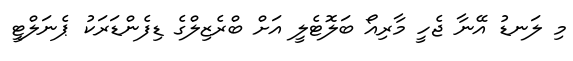
މި ލަނޑު އޭނާ ޖެހީ މާރިއޯ ބަލޮޓެލީ އަށް ބްރެޒިލްގެ ޑިފެންޑަރަކު ޕެނަލްޓީ